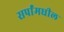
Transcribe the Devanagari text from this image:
सर्पांमधील